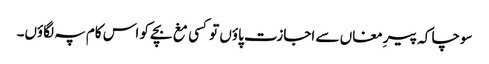
سوچا کہ پیرِ مغاں سے اجازت پاؤں تو کسی مغ بچے کو اس کام پہ لگاؤں۔